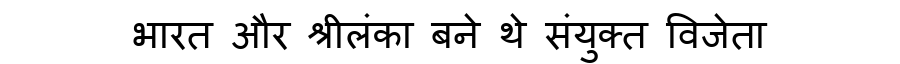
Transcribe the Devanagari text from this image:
भारत और श्रीलंका बने थे संयुक्त विजेता